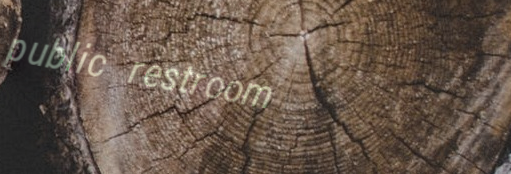
public restroom